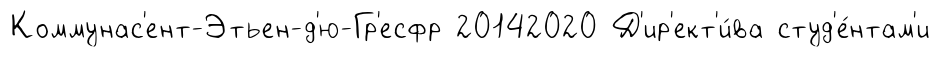
Коммунас'ент-Этьен-д'ю-Гр'есфр 20142020 Д'ир'ект'и́ва студ'е́нтам'и